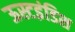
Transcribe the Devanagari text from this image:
ऊस्टइंडिश